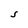
Character: S